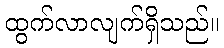
ထွက်လာလျက်ရှိသည်။